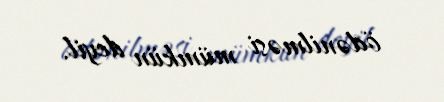
ödənilməsi mümkün deyil.